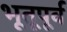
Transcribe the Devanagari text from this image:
भूतूपूर्व